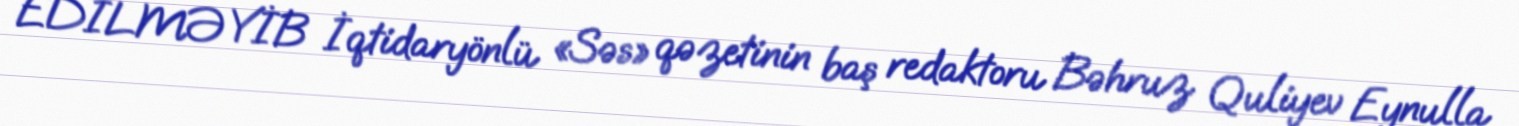
EDİLMƏYİB İqtidaryönlü «Səs» qəzetinin baş redaktoru Bəhruz Quliyev Eynulla